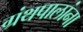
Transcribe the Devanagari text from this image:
ग्रंथपालांना